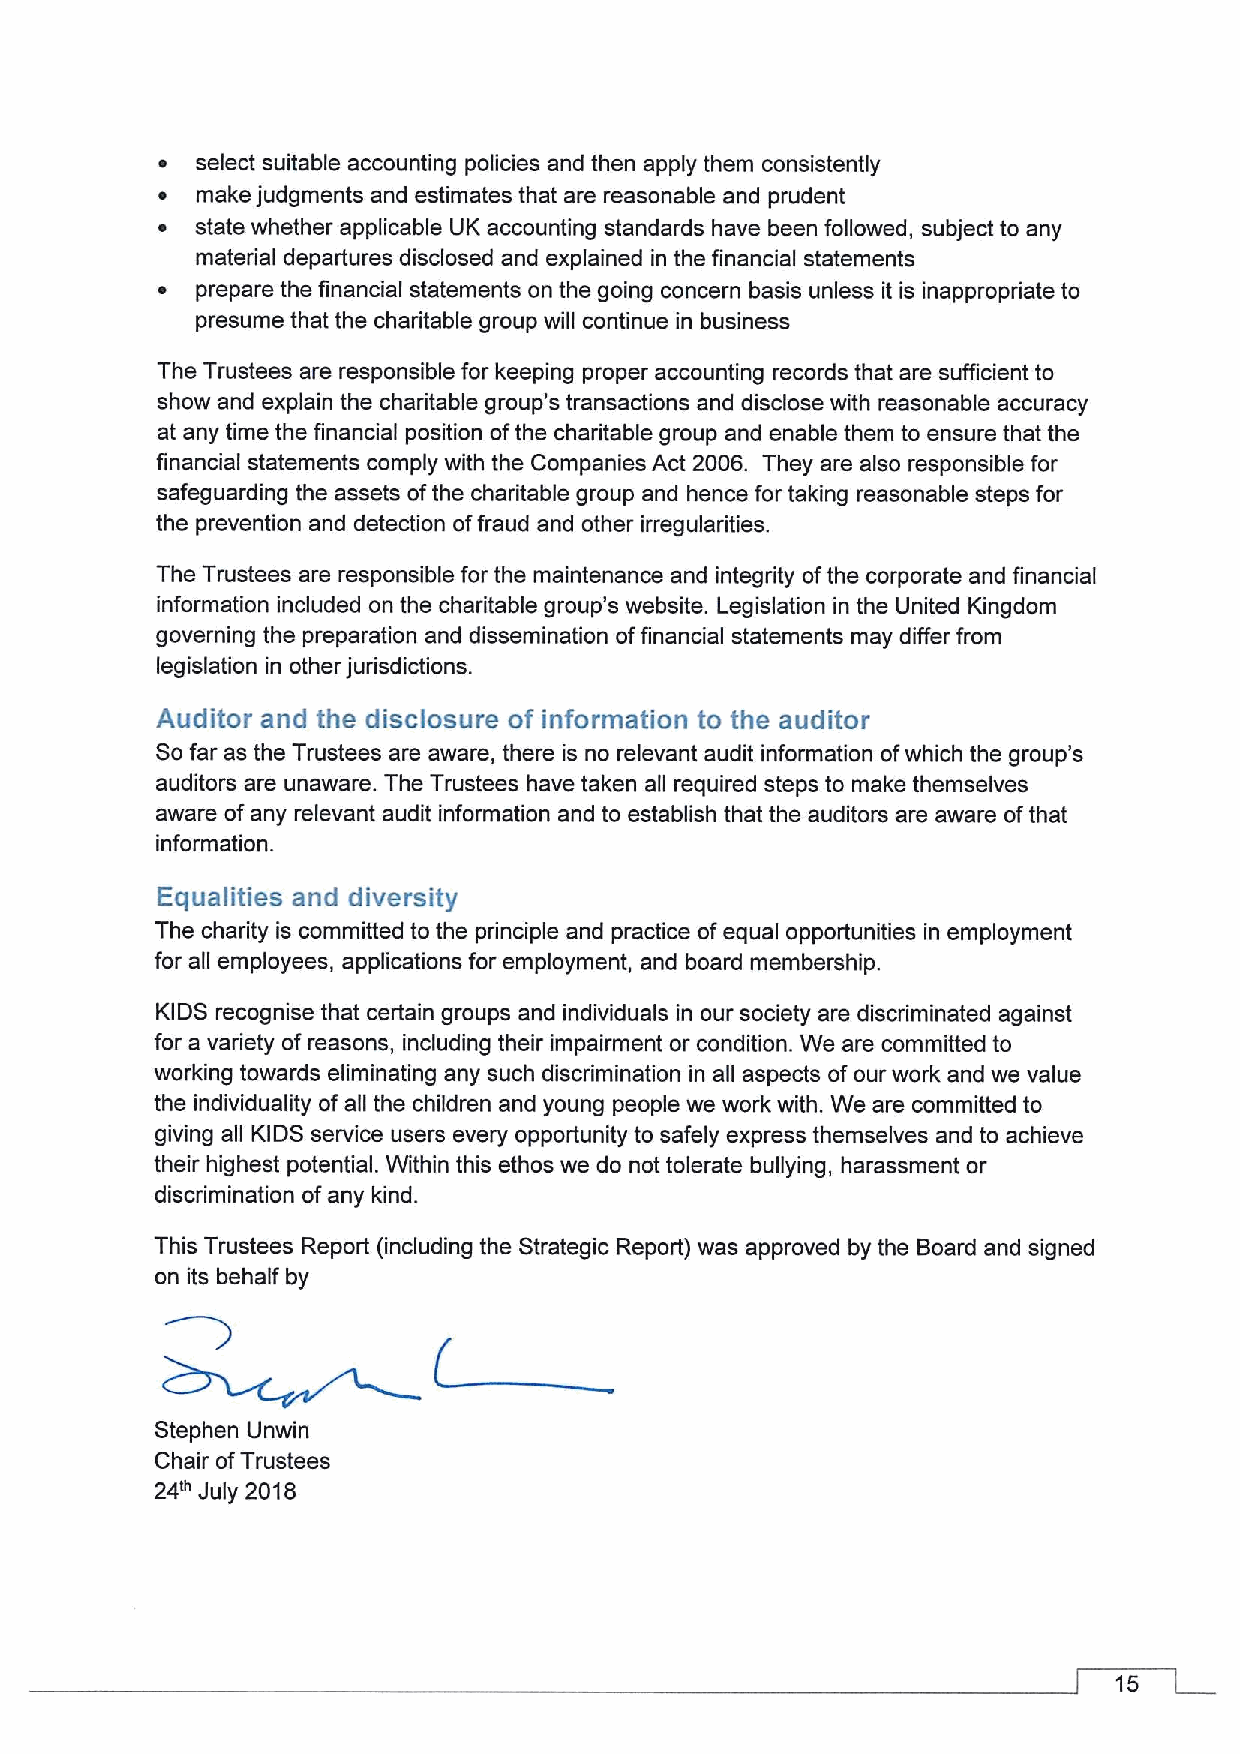
~  select suitable accounting policies and then apply them consistently
 ~  make judgments and estimates that are reasonable and prudent
 ~  state whether applicable UK accounting standards have been followed, subject to any
 material departures disclosed and explained in the financial statements
 ~  prepare the financial statements on the going concern basis unless it is inappropriate to
 presume that the charitable group will continue in business
 The Trustees are responsible for keeping proper accounting records that are sufficient to
 show and explain the charitable group's transactions and disclose with reasonable accuracy
 at any time the financial position ofthe charitable group and enable them to ensure that the
 financial statements comply with the Companies Act 2006. They are also responsible for
 safeguarding the assets ofthe charitable group and hence for taking reasonable steps for
 the prevention and detection offraud and other irregularities.
 The Trustees are responsible for the maintenance and integrity ofthe corporate and financial
 information included on the charitable group's website. Legislation in the United Kingdom
 governing the preparation and dissemination offinancial statements may differ from
 legislation in other jurisdictions.
 Auditor and the disclosure of information to the auditor
 Sofar as the Trustees are aware, there is no relevant audit information ofwhich the group's
 auditors are unaware. The Trustees have taken all required steps to make themselves
 aware ofany relevant audit information and to establish that the auditors are aware ofthat
 information.
 Equalities and diversity
 The charity is committed to the principle and practice ofequal opportunities in employment
 for all employees, applications for employment, and board membership.
 KIDS recognise that certain groups and individuals in our society are discriminated against
 for a variety ofreasons, including their impairment or condition. We are committed to
 working towards eliminating any such discrimination in all aspects ofour work and we value
 the individuality ofall the children and young people we work with. We are committed to
 giving all KIDS service users every opportunity to safely express themselves and to achieve
 their highest potential. Within this ethos we do not tolerate bullying, harassment or
 discrimination ofany kind.
 This Trustees Report (including the Strategic Report) was approved by the Board and signed
 on its behalf by
 Stephen Unwin
 Chair ofTrustees
 24~ July 2018
 15